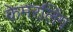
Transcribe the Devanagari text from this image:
केमरलिंग